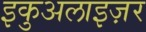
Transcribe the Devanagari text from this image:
इकुअलाइज़र